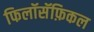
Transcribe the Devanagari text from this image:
फिलॉसॅफ़िकल